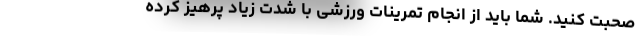
صحبت کنید. شما باید از انجام تمرینات ورزشی با شدت زیاد پرهیز کرده